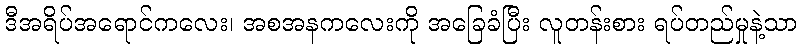
ဒီအရိပ်အရောင်ကလေး၊ အစအနကလေးကို အခြေခံပြီး လူတန်းစား ရပ်တည်မှုနဲ့သာ